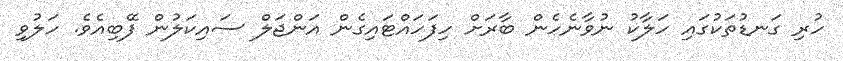
ހުރި ގަނޑުތަކުގައި ހަލާކު ނުވާނެހެން ބާރަށް ހިފަހައްޓައިގެން އަންޖަލް ސައިކަލުން ފޭބިއެވެ. ހަލުވި